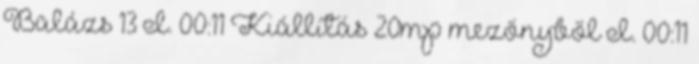
Balázs 13 I. 00:11 Kiállítás 20mp mezőnyből I. 00:11